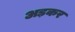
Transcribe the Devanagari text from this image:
अड़कर